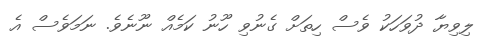
ލިވިޔާ ދުވަހަކު ވެސް ހިތަށް ގެނުވި ހޫނު ކަމެއް ނޫނެވެ. ނަމަވެސް އެ